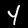
Label: 4